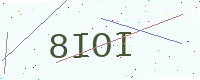
Text: 8IOI